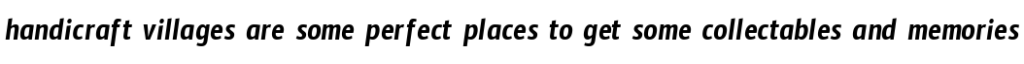
handicraft villages are some perfect places to get some collectables and memories